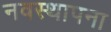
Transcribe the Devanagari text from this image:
नवस्थापना